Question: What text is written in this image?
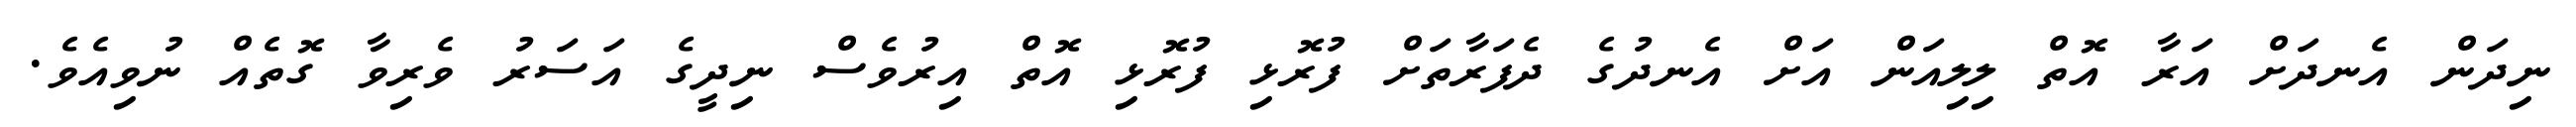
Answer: ނިދަން އެނދަށް އަރާ އޮތް ލިލިއަން އަށް އެނދުގެ ދެފަރާތަށް ފުރޮޅި ފުރޮޅި އޮތް އިރުވެސް ނިދީގެ އަސަރު ވެރިވާ ގޮތެއް ނުވިއެވެ.